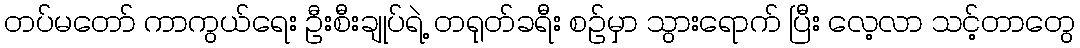
တပ်မတော် ကာကွယ်ရေး ဦးစီးချုပ်ရဲ့ တရုတ်ခရီး စဉ်မှာ သွားရောက် ပြီး လေ့လာ သင့်တာတွေ